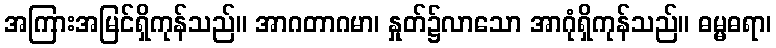
အကြားအမြင်ရှိကုန်သည်။ အာဂတာဂမာ၊ နှုတ်၌လာသော အာဂုံရှိကုန်သည်။ ဓမ္မဓရာ၊